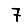
Digit: 7